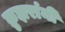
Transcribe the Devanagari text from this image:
क्रुझरांनी